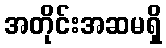
အတိုင်းအဆမရှိ